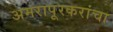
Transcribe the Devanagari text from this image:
अमरापूरकरांचा